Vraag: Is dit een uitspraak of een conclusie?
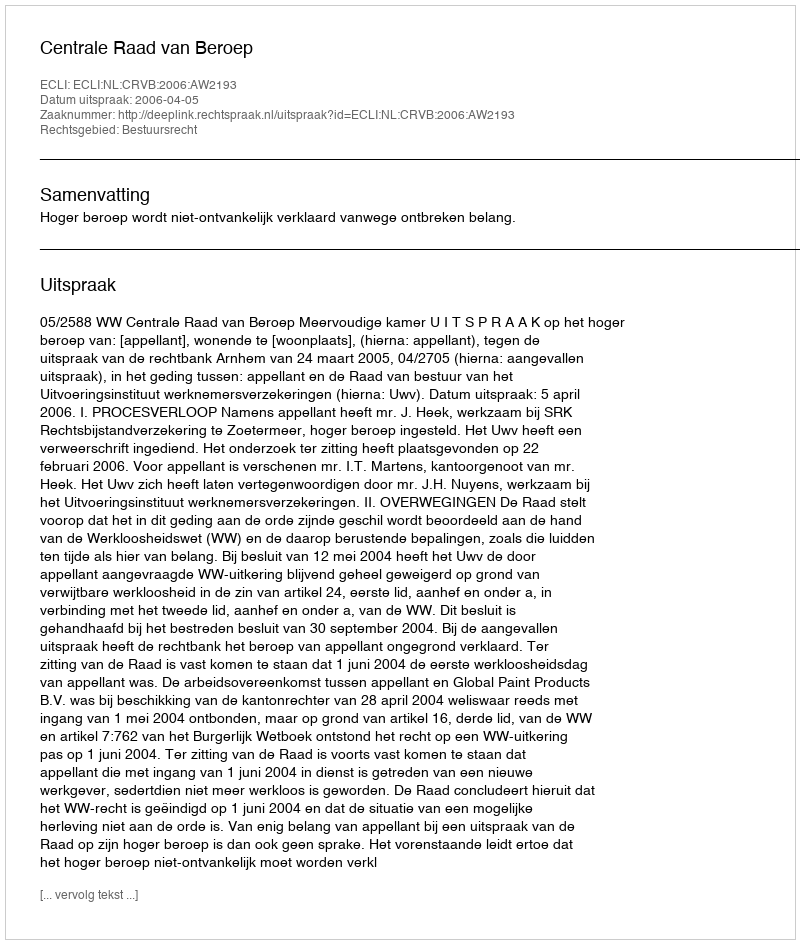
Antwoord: Uitspraak